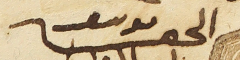
الحقير يوسف